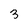
Character: 3